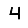
Digit: 4